Language: tamil
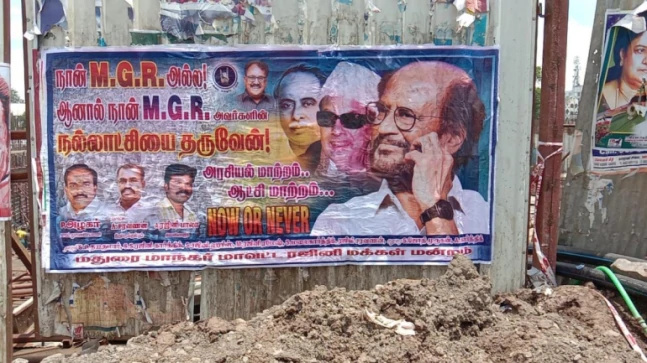
Transcription: அல்லி நான் ஆனால் நான் நல்லாட்சியை தருவேன் அரசியல் மாற்றம் மாற்றம் மதுரை மாநகா் நளினி மக்கள் மன் மாவட்ட ஆட்சி